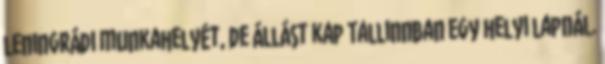
leningrádi munkahelyét, de állást kap Tallinnban egy helyi lapnál.